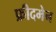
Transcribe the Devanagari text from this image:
फ्रीदमेन